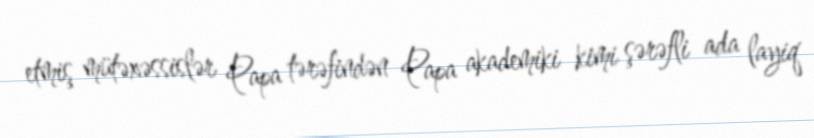
etmiş mütəxəssislər Papa tərəfindən Papa akademiki kimi şərəfli ada layiq